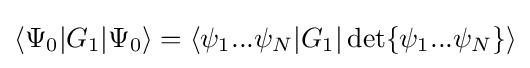
\langle \Psi _{0}|G_{1}|\Psi _{0}\rangle =\langle \psi _{1}...\psi _{N}|G_{1}|\det\{\psi _{1}...\psi _{N}\}\rangle